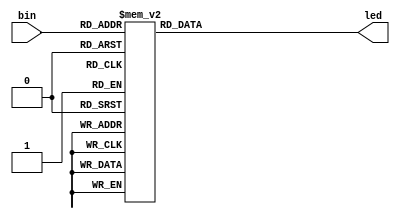
module displaydigit(bin, led);
	input [3:0] bin;
	output [7:0] led; // One hexidecimal digit on the 7segLED

	function [7:0] decode;
	input [3:0] fourbit; // 4-bit binary number
	begin
		case (fourbit)
			0: decode = 8'b11111100;
			1: decode = 8'b01100000;
			2: decode = 8'b11011010;
			3: decode = 8'b11110010;
			4: decode = 8'b01100110;
			5: decode = 8'b10110110;
			6: decode = 8'b10111110;
			7: decode = 8'b11100000;
			8: decode = 8'b11111110;
			9: decode = 8'b11110010;
			10: decode = 8'b11101110;
			11: decode = 8'b00111110;
			12: decode = 8'b00011010;
			13: decode = 8'b01111010;
			14: decode = 8'b10011110;
			15: decode = 8'b10001110;
		endcase
	end
	endfunction
	
	assign led = decode(bin);
endmodule